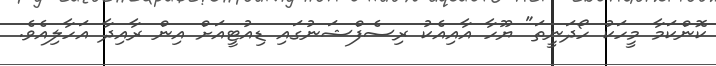
ކޮންކަމާ މީހަކު ހޯދަނީތަ" ޔޫހާ އާއިއެކު ރިސެފްޝަނުގައި ޑިއުޓީއަށް އިން ރާއިދާ އަހާލިއެވެ.